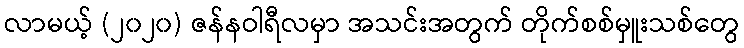
လာမယ့် (၂၀၂၀) ဇန်နဝါရီလမှာ အသင်းအတွက် တိုက်စစ်မှူးသစ်တွေ